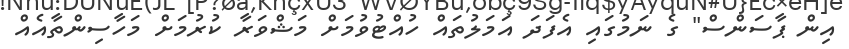
އިން ޕާސަންސް" ގެ ނަމުގައި އެފަދަ އަމަލުތައް ހުއްޓުވުމަށް މަޝްވަރާ ކުރުމަށް މަހާސިންތާއެއް